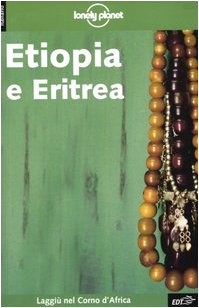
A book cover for Etiopia Eritrea 2 (Italian) (Italian Edition); Travel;